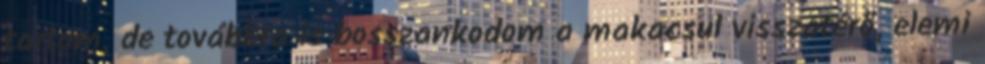
tartom, de továbbra is bosszankodom a makacsul visszatérő, elemi